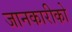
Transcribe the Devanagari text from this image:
जानकारीको